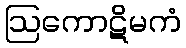
ဩကောဋိမကံ